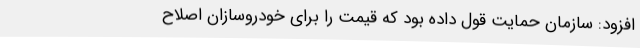
افزود: سازمان حمایت قول داده بود که قیمت را برای خودروسازان اصلاح